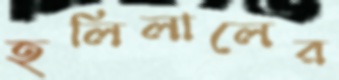
হলিলালের